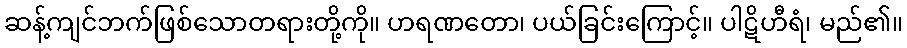
ဆန့်ကျင်ဘက်ဖြစ်သောတရားတို့ကို။ ဟရဏတော၊ ပယ်ခြင်းကြောင့်။ ပါဋိဟီရံ၊ မည်၏။